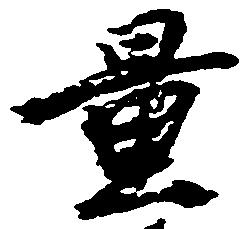
置